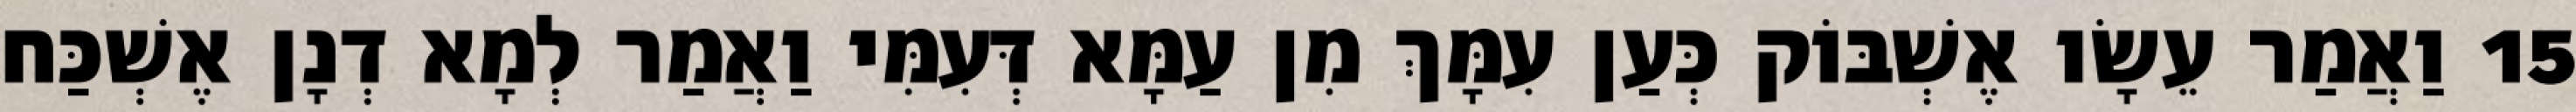
15 וַאֲמַר עֵשָׂו אֶשְׁבּוֹק כְּעַן עִמָּךְ מִן עַמָּא דְּעִמִּי וַאֲמַר לְמָא דְנָן אֶשְׁכַּח